Lunatic asylums United Prov. 1922-30 - 1922-1930
Year: 1922
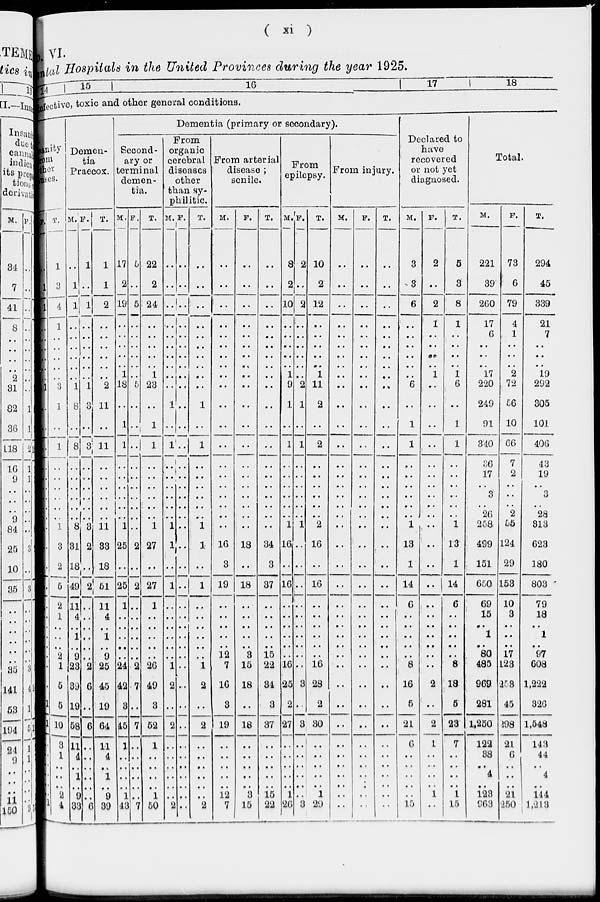
( xi )
VI.
Metal Hospitals in the United Provinces during the year 1925.
14 15
16
17
18
ective, toxic and other general conditions.
nity
m
ner
ses.
T.
1
3
4
1
..
..
..
..
..
3
1
..
1
..
..
..
..
..
..
1
3
2
5
2
1
..
..
..
2
1
5
5
10
3
1
..
..
..
2
4
Demen-
tia
Praecox.
M.
..
1
1
..
..
..
..
..
..
1
8
..
8
..
..
..
..
..
..
8
31
18
49
11
4
..
1
..
9
23
39
19
58
11
4
..
1
..
9
33
F.
1
..
1
..
..
..
..
..
..
1
3
..
3
..
..
..
..
..
..
3
2
..
2
..
..
..
..
..
..
2
6
..
6
..
..
..
..
..
..
6
T.
1
1
2
..
..
..
..
..
..
2
11
..
11
..
..
..
..
..
..
11
33
18
61
11
4
..
1
..
9
25
45
19
64
11
4
..
1
..
9
39
Dementia (primary or secondary).
Second-
ary or
terminal
demen-
tia.
M.
17
2
19
..
..
..
..
..
1
18
..
1
1
..
..
..
..
..
..
1
25
..
25
1
..
..
..
..
..
24
42
3
45
1
..
..
..
..
1
43
F.
5
..
5
..
..
..
..
..
..
5
..
..
..
..
..
..
..
..
..
..
2
..
2
..
..
..
..
..
..
2
7
..
7
..
..
..
..
..
..
7
T.
22
2
24
..
..
..
..
..
1
23
..
1
1
..
..
..
..
..
..
1
27
..
27
1
..
..
..
..
..
26
49
3
52
1
..
..
..
..
1
50
From
organic
cerebral
diseases
other
than sy-
philitic.
M.
..
..
..
..
..
..
..
..
..
..
1
..
1
..
..
..
..
..
..
1
1
..
1
..
..
..
..
..
..
1
2
..
2
..
..
..
..
..
..
2
F.
..
..
..
..
..
..
..
..
..
..
..
..
..
..
..
..
..
..
..
..
..
..
..
..
..
..
..
..
..
..
..
..
..
..
..
..
..
..
..
..
T.
..
..
..
..
..
..
..
..
..
..
1
..
1
..
..
..
..
..
..
1
1
..
1
..
..
..
..
..
..
1
2
..
2
..
..
..
..
..
..
2
From arterial
disease ;
senile.
M.
..
..
..
..
..
..
..
..
..
..
..
..
..
..
..
..
..
..
..
..
16
3
19
..
..
..
..
..
12
7
16
3
19
..
..
..
..
..
12
7
F.
..
..
..
..
..
..
..
..
..
..
..
..
..
..
..
..
..
..
..
..
18
..
18
..
..
..
..
..
3
15
18
..
18
..
..
..
..
..
3
15
T.
..
..
..
..
..
..
..
..
..
..
..
..
..
..
..
..
..
..
..
..
34
3
37
..
..
..
..
..
15
22
34
3
37
..
..
..
..
..
15
22
From
epilepsy.
M.
8
2
10
..
..
..
..
..
1
9
1
..
1
..
..
..
..
..
..
1
16
..
16
..
..
..
..
..
..
16
25
2
27
..
..
..
..
..
1
26
F.
2
..
2
..
..
..
..
..
..
2
1
..
1
..
..
..
..
..
..
1
..
..
..
..
..
..
..
..
..
..
3
..
3
..
..
..
..
..
..
3
T.
10
2
12
..
..
..
..
..
1
11
2
..
2
..
..
..
..
..
..
2
16
..
16
..
..
..
..
..
..
16
28
2
30
..
..
..
..
..
1
29
From injury.
M.
..
..
..
..
..
..
..
..
..
..
..
..
..
..
..
..
..
..
..
..
..
..
..
..
..
..
..
..
..
..
..
..
..
..
..
..
..
..
..
..
F.
..
..
..
..
..
..
..
..
..
..
..
..
..
..
..
..
..
..
..
..
..
..
..
..
..
..
..
..
..
..
..
..
..
..
..
..
..
..
..
..
T.
..
..
..
..
..
..
..
..
..
..
..
..
..
..
..
..
..
..
..
..
..
..
..
..
..
..
..
..
..
..
..
..
..
..
..
..
..
..
..
..
Declared to
have
recovered
or not yet
diagnosed.
M.
3
3
6
..
..
..
..
..
..
6
..
1
1
..
..
..
..
..
..
1
13
1
14
6
..
..
..
..
..
8
16
5
21
6
..
..
..
..
..
15
F.
2
..
2
1
..
..
..
..
1
..
..
..
..
..
..
..
..
..
..
..
..
..
..
..
..
..
..
..
..
..
2
..
2
1
..
..
..
..
1
..
T.
5
3
8
1
..
..
..
..
1
6
..
1
1
..
..
..
..
..
..
1
13
1
14
6
..
..
..
..
..
8
18
5
23
7
..
..
..
..
1
15
Total.
M.
221
39
260
17
6
..
..
..
17
220
249
91
340
36
17
..
3
..
26
258
499
151
660
69
15
..
1
..
80
485
969
281
1,250
122
38
..
4
..
123
963
F.
73
6
79
4
1
..
..
..
2
72
56
10
66
7
2
..
..
..
2
55
124
29
153
10
3
..
..
..
17
123
253
45
298
21
6
..
..
..
21
250
T.
294
45
339
21
7
..
..
..
19
292
305
101
406
43
19
..
3
..
28
313
623
180
803
79
18
..
1
..
97
608
1,222
326
1,548
143
44
..
4
..
144
1,213